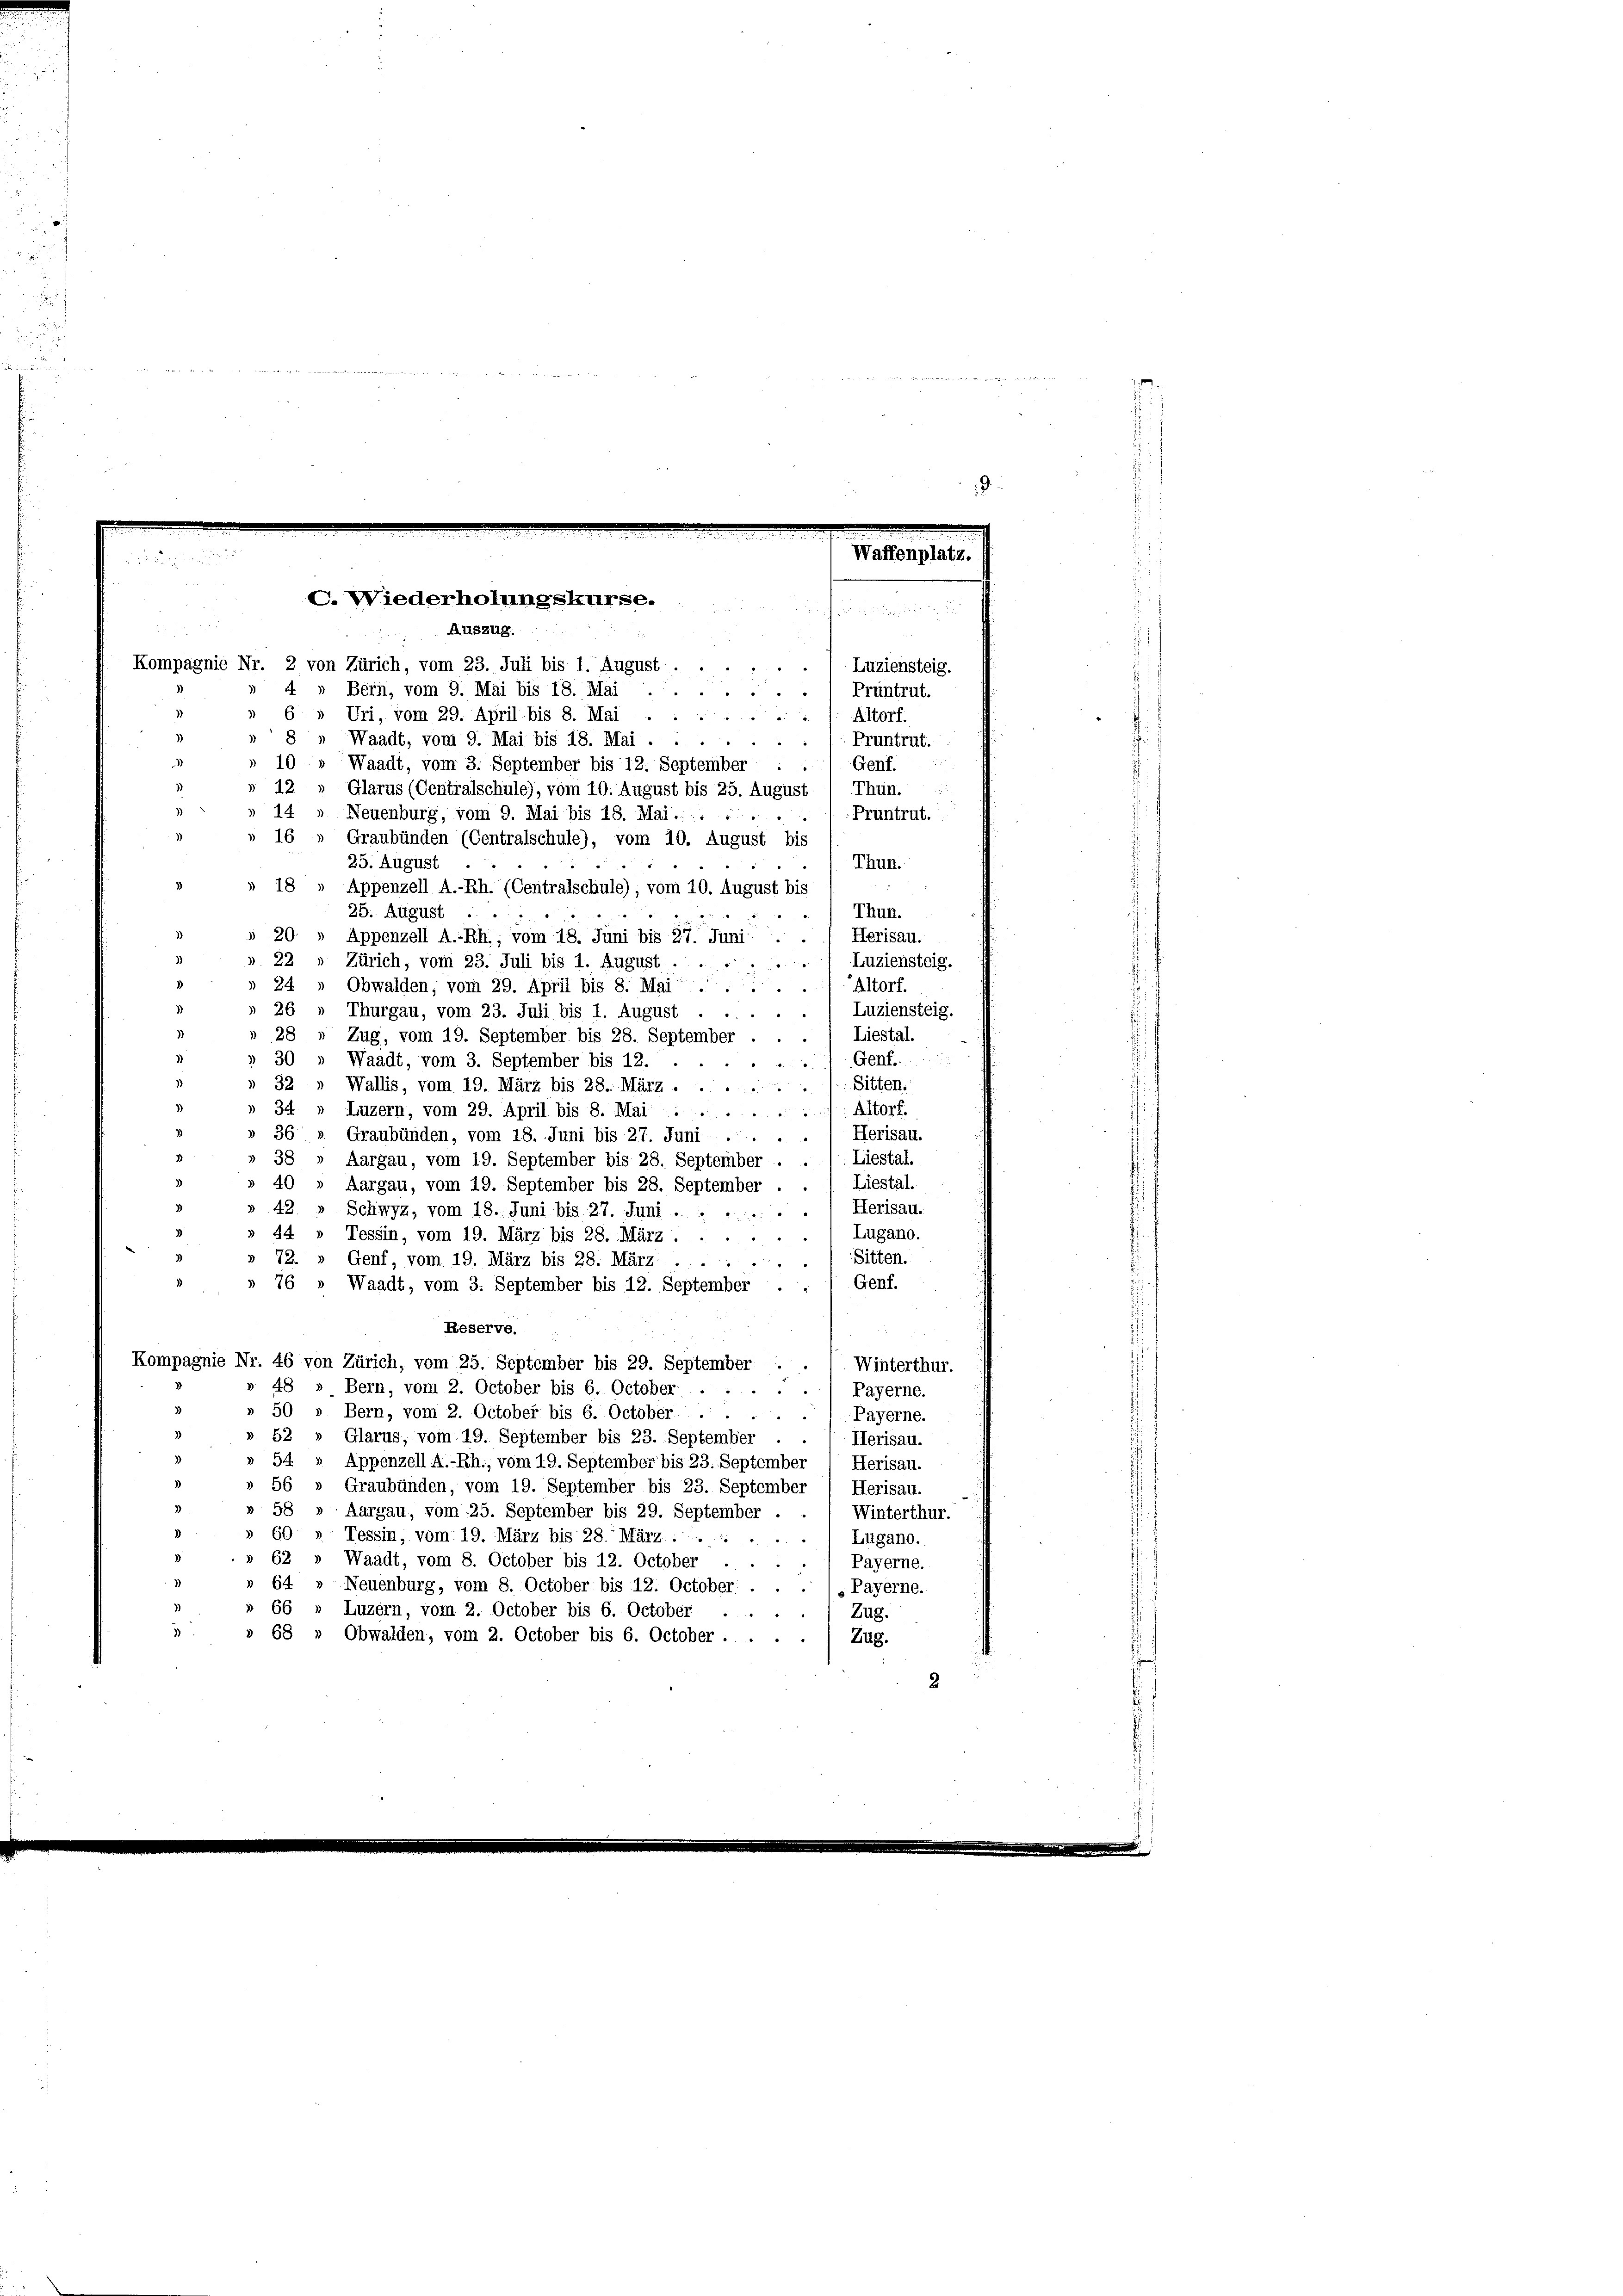
ten den von
19

Waffenplatz.
C. Wiederholungskurse.

Auszug.
Kompagnie Nr. 2 von Zürich, vom 23. Juli bis 1. August.
Luziensteig.
2
4 » Bern, vom 9. Mai bis 18. Mai .
Prüntrut.
 " " "
6» Uri, vom 29. April bis 8. Mai
Altorf.
 5.

Waadt, vom 9. Mai bis 18. Mai . .
10
Waadt, vom 3. September bis 12. September :
12
Thun.
Glarus (Centralschule), vom 10. August bis 25. August
4 " Neuenburg, vom 9. Mai bis 18. Mai . . . .
Prüntrut.
16
Graubünden (Centralschule), vom 10. August bis
25. August
Thun.
Appenzell A.-Rh. (Centralschule), vom 10. August bis
Thun.
25. August . .
Herisau.
Appenzell A.-Rh., vom 18. Juni bis 27. Juni
Zürich, vom 23. Juli bis 1. August.
Luziensteig.
Altorf.
24 » Obwalden, vom 29. April bis 8. Mai.
26
Luziensteig.
Thurgau, vom 23. Juli bis 1. August . ..
Liestal.
28
Zug, vom 19. September bis 28. September
30
Genf.
Waadt, vom 3. September bis 12.
32
Sitten.
Wallis, vom 19. März bis 28. März.
34.
Luzern, vom 29. April bis 8. Mai.
Altorf.
Herisau.
36
Graubünden, vom 18. Juni bis 27. Juni:
Aargau, vom 19. September bis 28. September . . /: Liestal
38
40
Liestal.
Aargau, vom 19. September bis 28. September
12
1 Herisau.
Schwyz, vom 18. Juni bis 27. Juni  .. ..
Lugano.
Tessin, vom 19. März bis 28. März.
44.
Sitten.
2.
Genf, vom 19. März bis 28. März

Genf.
» 76 » Waadt, vom 3. September bis 12. September
Reserve.
Kompagnie Nr. 46 von Zürich, vom 25. September bis 29. September ..
Winterthur.
48 » Bern, vom 2. October bis 6. October
 231
Payerne.
» 50 » Bern, vom 2. October bis 6. October.
Payerne.
62
Glarus, vom 19. September bis 23. September .
Herisau.
54 » Appenzell A.-Rh., vom 19. September bis 23. September 1 Herisau.
56
Graubünden, vom 19. September bis 23. September / Herisau.
58
Aargau, vom 25. September bis 29. September
Winterthur.
Tessin, vom 19. März bis 28. März . .
Lugano.
Waadt, vom 8. October bis 12. October
Payerne.
64.
Neuenburg, vom 8. October bis 12. October . . . 1, Payerne.
66 » Luzern, vom 2. October bis 6. October
Zug.
 68 » Obwalden, vom 2. October bis 6. October :
Zug.
2

Pruntrut.
Genf.